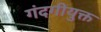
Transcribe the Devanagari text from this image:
गंदगीयुक्त